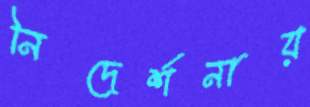
নিদের্শনায়